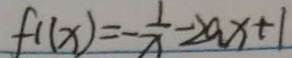
f 1 ( x ) = - \frac { 1 } { x } - 2 a x + 1